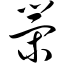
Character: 黹